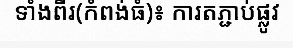
ទាំងពីរ(កំពង់ធំ)៖ ការតភ្ជាប់ផ្លូវ